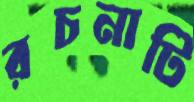
রচনাটি